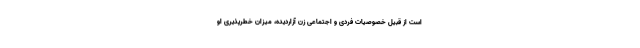
است از قبیل خصوصیات فردی و اجتماعی زن آزاردیده، میزان خطرپذیری او